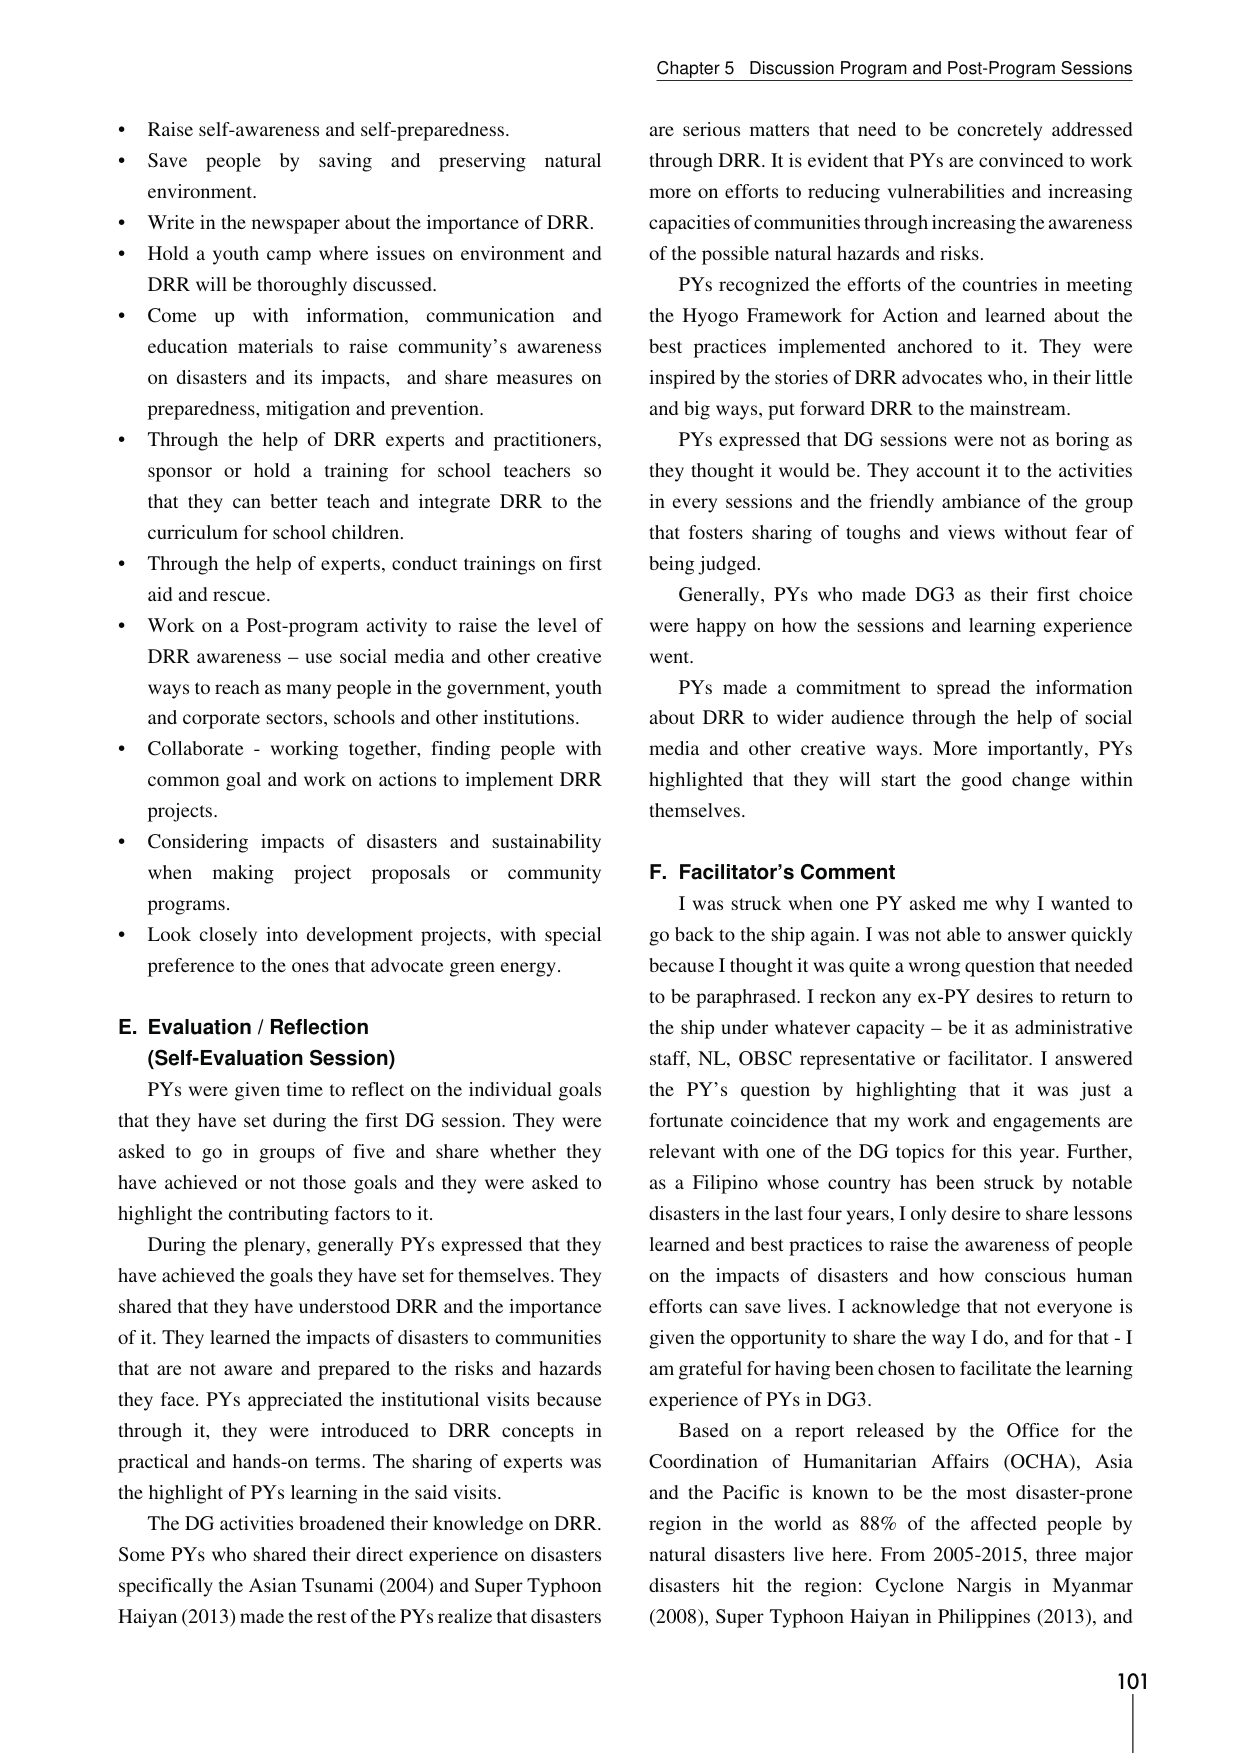
Chapter 5 Discussion Program and Post-Program Sessions

• Raise self-awareness and self-preparedness.
• Save people by saving and preserving natural environment.
• Write in the newspaper about the importance of DRR.
• Hold a youth camp where issues on environment and DRR will be thoroughly discussed.
• Come up with information, communication and education materials to raise community’s awareness on disasters and its impacts, and share measures on preparedness, mitigation and prevention.
• Through the help of DRR experts and practitioners, sponsor or hold a training for school teachers so that they can better teach and integrate DRR to the curriculum for school children.
• Through the help of experts, conduct trainings on first aid and rescue.
• Work on a Post-program activity to raise the level of DRR awareness – use social media and other creative ways to reach as many people in the government, youth and corporate sectors, schools and other institutions.
• Collaborate - working together, finding people with common goal and work on actions to implement DRR projects.
• Considering impacts of disasters and sustainability when making project proposals or community programs.
• Look closely into development projects, with special preference to the ones that advocate green energy.

E. Evaluation / Reflection
(Self-Evaluation Session)

PYs were given time to reflect on the individual goals that they have set during the first DG session. They were asked to go in groups of five and share whether they have achieved or not those goals and they were asked to highlight the contributory factors to it.

During the plenary, generally PYs expressed that they have achieved the goals they have set for themselves. They shared that they have understood DRR and the importance of it. They learned the impacts of disasters to communities that are not aware and prepared to the risks and hazards they face. PYs appreciated the institutional visits because through it, they were introduced to DRR concepts in practical and hands-on terms. The sharing of experts was the highlight of PYs learning in the said visits.

The DG activities broadened their knowledge on DRR. Some PYs who shared their direct experience on disasters specifically the Asian Tsunami (2004) and Super Typhoon Haiyan (2013) made the rest of the PYs realize that disasters are serious matters that need to be concretely addressed through DRR. It is evident that PYs are convinced to work more on efforts to reducing vulnerabilities and increasing capacities of communities through increasing the awareness of the possible natural hazards and risks.

PYs recognized the efforts of the countries in meeting the Hyogo Framework for Action and learned about the best practices implemented anchored to it. They were inspired by the stories of DRR advocates who, in their little and big ways, put forward DRR to the mainstream.

PYs expressed that DG sessions were not as boring as they thought it would be. They account it to the activities in every sessions and the friendly ambiance of the group that fosters sharing of toughs and views without fear of being judged.

Generally, PYs who made DG3 as their first choice were happy on how the sessions and learning experience went.

PYs made a commitment to spread the information about DRR to wider audience through the help of social media and other creative ways. More importantly, PYs highlighted that they will start the good change within themselves.

F. Facilitator’s Comment

I was struck when one PY asked me why I wanted to go back to the ship again. I was not able to answer quickly because I thought it was quite a wrong question that needed to be paraphrased. I reckon any ex-PY desires to return to the ship under whatever capacity – be it as administrative staff, NL, OBSC representative or facilitator. I answered the PY’s question by highlighting that it was just a fortunate coincidence that my work and engagements are relevant with one of the DG topics for this year. Further, as a Filipino whose country has been struck by notable disasters in the last four years, I only desire to share lessons learned and best practices to raise the awareness of people on the impacts of disasters and how conscious human efforts can save lives. I acknowledge that not everyone is given the opportunity to share the way I do, and for that - I am grateful for having been chosen to facilitate the learning experience of PYs in DG3.

Based on a report released by the Office for the Coordination of Humanitarian Affairs (OCHA), Asia and the Pacific is known to be the most disaster-prone region in the world as 88% of the affected people by natural disasters live here. From 2005-2015, three major disasters hit the region: Cyclone Nargis in Myanmar (2008), Super Typhoon Haiyan in Philippines (2013), and

101